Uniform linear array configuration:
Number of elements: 48
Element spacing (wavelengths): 0.5
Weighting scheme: exponential
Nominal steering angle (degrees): -45
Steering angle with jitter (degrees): -46.369
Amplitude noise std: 0.05
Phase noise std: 0.05

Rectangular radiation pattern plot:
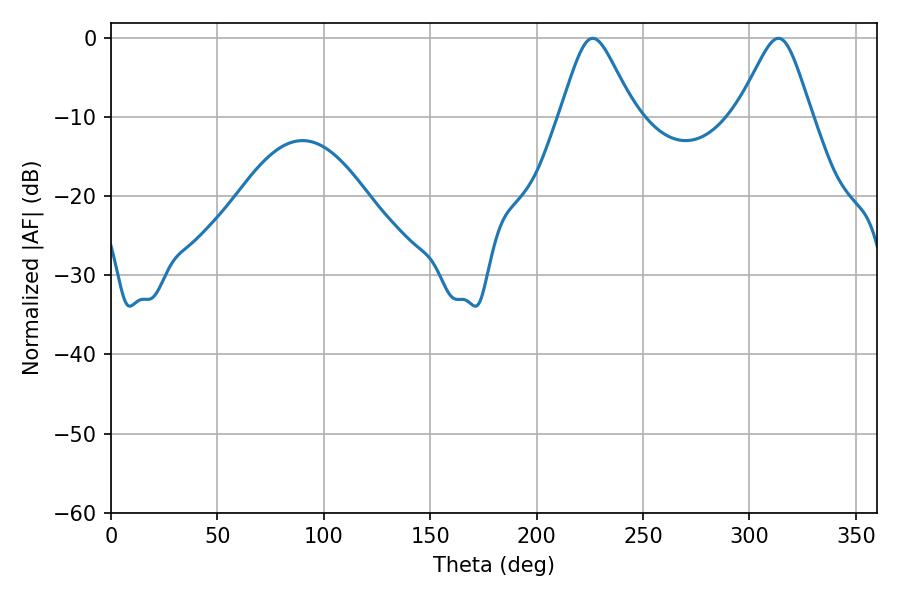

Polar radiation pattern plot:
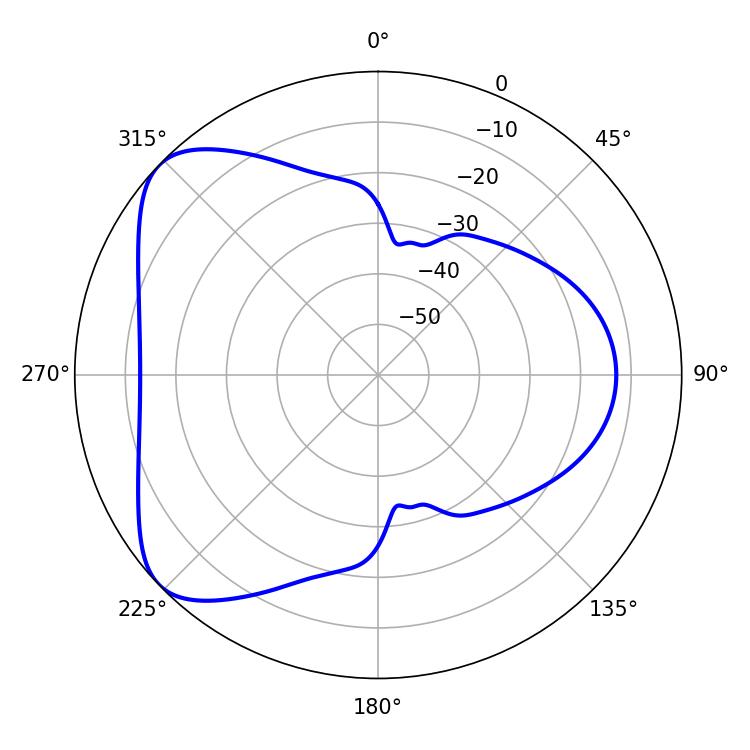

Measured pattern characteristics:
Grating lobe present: FALSE
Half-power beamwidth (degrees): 16.74
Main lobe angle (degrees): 226.44